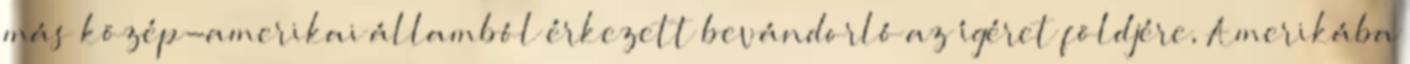
más közép-amerikai államból érkezett bevándorló az ígéret földjére, Amerikába